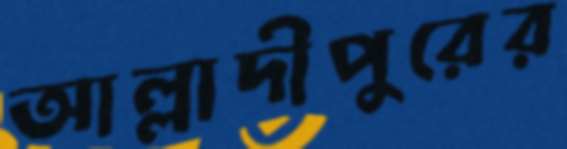
আল্লাদীপুরের